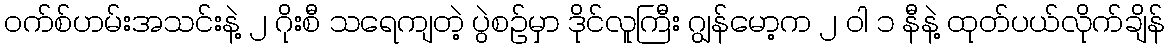
၀က်စ်ဟမ်းအသင်းနဲ့ ၂ ဂိုးစီ သရေကျတဲ့ ပွဲစဉ်မှာ ဒိုင်လူကြီး ဂျွန်မော့က ၂ ဝါ ၁ နီနဲ့ ထုတ်ပယ်လိုက်ချိန်